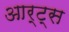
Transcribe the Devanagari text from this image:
आर्ट्स